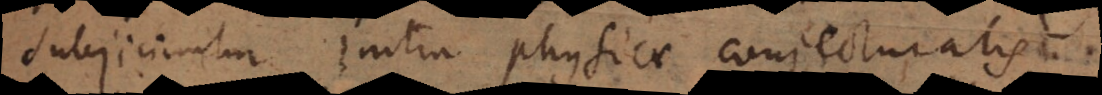
subjiciuntur initia physicae conjecturalis,